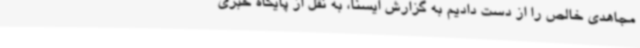
مجاهدی خالص را از دست دادیم به گزارش ایسنا، به نقل از پایگاه خبری